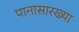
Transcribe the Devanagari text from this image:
पानासारख्या